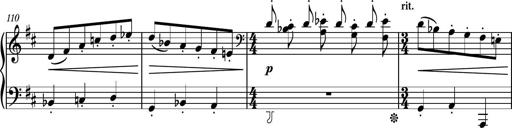
Title: Piano Sonatina No.4
Composer: Dimitri Sykias
Key: D major